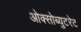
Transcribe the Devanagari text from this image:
ओक्सोब्युटरेट